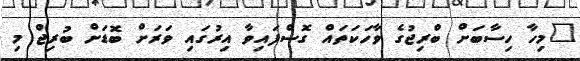
"މިހާ ހިސާބަށް ބްރިޖުގެ ވާހަކަތައް ގޮސްފައިވާ އިރުގައި ވަރަށް ބޮޑަށް ބުރިޖް މި